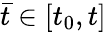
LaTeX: {\bar{t}}\in[t_{0},t]